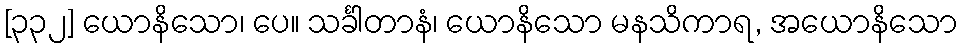
[၃၃၂] ယောနိသော၊ ပေ။ သင်္ခါတာနံ၊ ယောနိသော မနသိကာရ, အယောနိသော